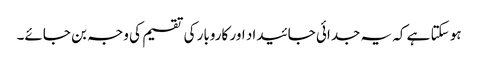
ہو سکتا ہے کہ یہ جدائی جائیداد اور کاروبار کی تقسیم کی وجہ بن جائے۔